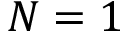
N = 1